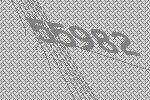
55982